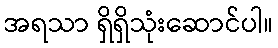
အရသာ ရှိရှိသုံးဆောင်ပါ။